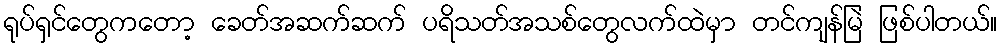
ရုပ်ရှင်တွေကတော့ ခေတ်အဆက်ဆက် ပရိသတ်အသစ်တွေလက်ထဲမှာ တင်ကျန်မြဲ ဖြစ်ပါတယ်။